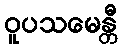
ဝူပသမေန္တီ